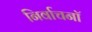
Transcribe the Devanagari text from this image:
निर्वाचनॉ